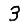
Digit: 3